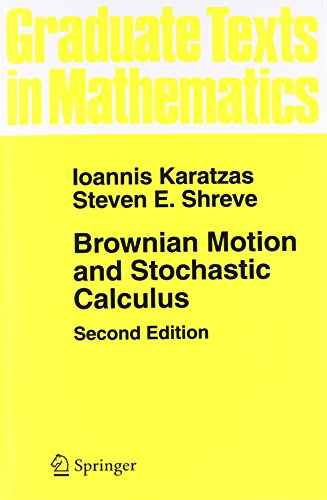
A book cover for Brownian Motion and Stochastic Calculus (Graduate Texts in Mathematics) (Volume 113); Ioannis Karatzas; Science & Math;